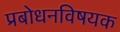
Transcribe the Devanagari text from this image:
प्रबोधनविषयक